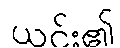
ယင်း၏